Leaving Certificate Examination, 1912
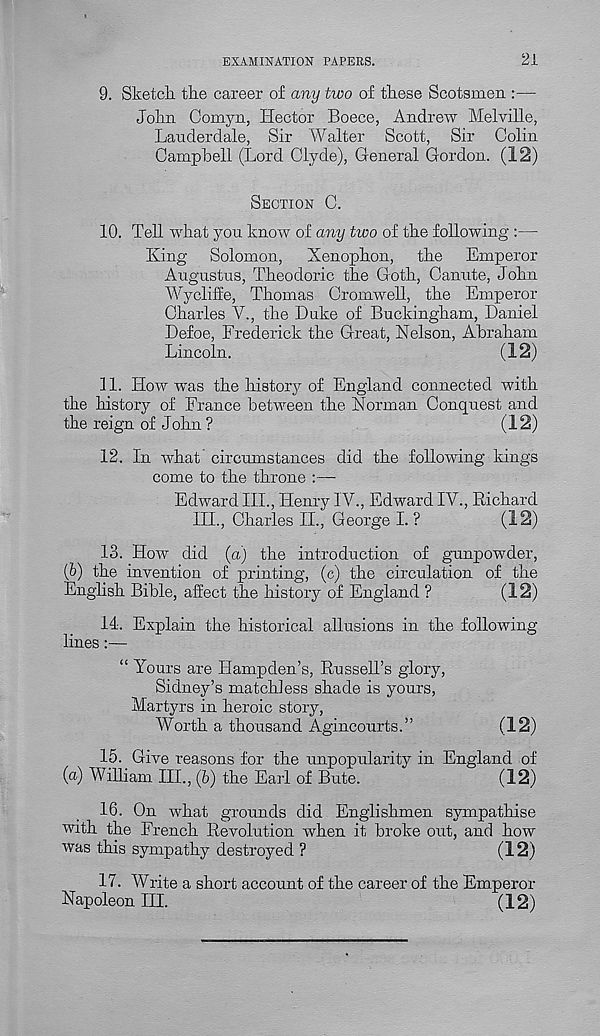
EXAMINATION PAPERS.
21
9. Sketch, the career of any two of these Scotsmen :—
John Comyn, Hector Boece, Andrew Melville,
Lauderdale, Sir Walter Scott, Sir Colin
Campbell (Lord Clyde), General Gordon. (12)
SECTION C.
10. Tell what you know of any tioo of the following :—
King Solomon, Xenophon, the Emperor
Augustus, Theodoric the Goth, Canute, John
Wycliffe, Thomas Cromwell, the Emperor
Charles V., the Duke of Buckingham, Daniel
Defoe, Frederick the Great, Nelson, Abraham
Lincoln.
(12)
11. How was the history of England connected with
the history of France between the Norman Conquest and
the reign of John ?
(12)
12. In what circumstances did the following kings
come to the throne :—
Edward III., Henry IV., Edward IV., Richard
III, Charles II, George I. ?
(12)
13. How did (a) the introduction of gunpowder,
(b) the invention of printing, (c) the circulation of the
English Bible, affect the history of England ?
(12)
14. Explain the historical allusions in the following
lines:—
“ Yours are Hampden’s, Russell’s glory,
Sidney’s matchless shade is yours,
Martyrs in heroic story,
Worth a thousand Agincourts.”
(12)
15. Give reasons for the unpopulaKty in England of
(a) William III, (6) the Earl of Bute.
(12)
16. On what grounds did Englishmen sympathise
with the French Revolution when it broke out, and how
was this sympathy destroyed ?
(12)
17. Write a short account of the career of the Emperor
Napoleon III.
(12)